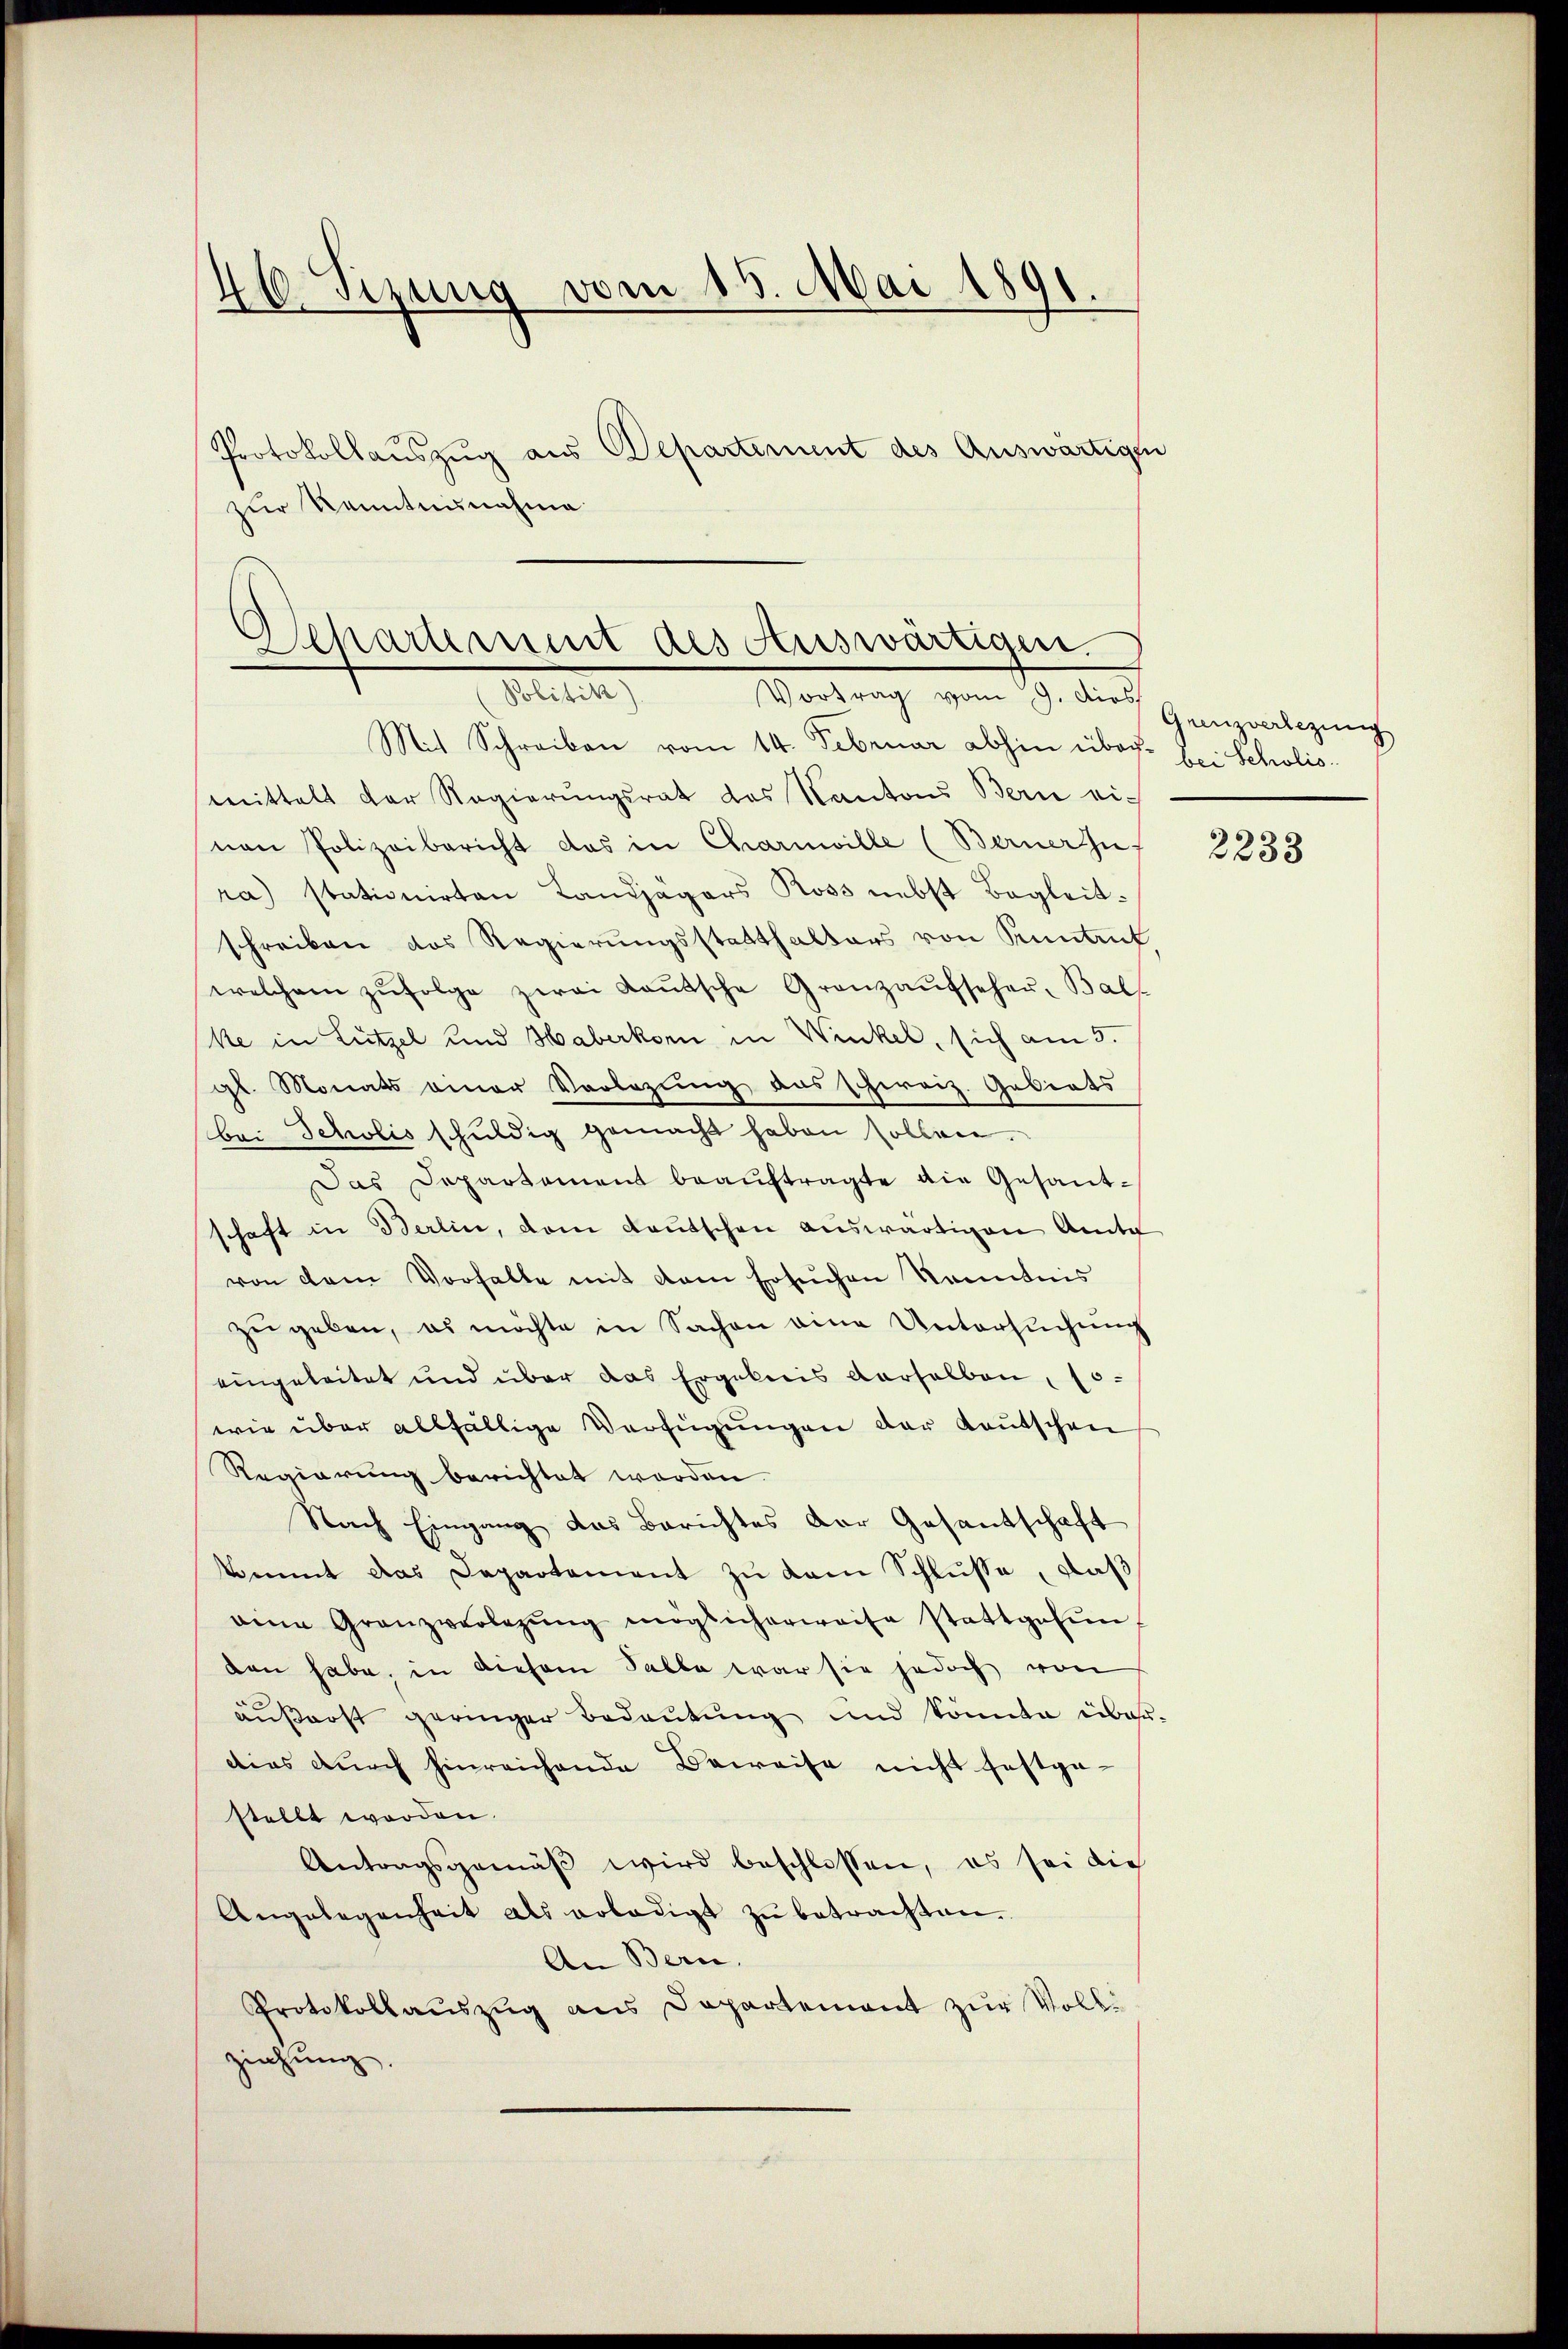
6 Sizung vom 15. Mai 1891.
d
Protokollauszug aus Departement des Auswärtigen
zur Kenntnisnahme

mittelt der Regierŭngsrat des Kantons Bern einen Polizeibericht das in Charnwille (Berner zu
ra) stationirten Landjägers Ross nebst Begleitschreiben das Regierungsstatthalters von Pruntrut.
welchem zŭfolge zwei Laŭtsche Granzaŭfseher-Balf
ke in Lützel und Haberkorn in Winkel, sich am 5.
gl. Monats einer Vorlegŭng das schweiz. Gebiets
bei Scholis schuldig gemacht haben sollen.
Das Departement beauftragte die Gesantschaft in Berlin, dem Kautschen auswärtigen Amte
von dem Vorhalte mit dem Ersuchen Kenntnis
zŭ geben, es möchte in Sachen eine Untersŭchŭng
eingeleitet und über das Ergebnis verhalben (o
wie über allfällige Verfügungen der Kautschen
Regierung berichtet worden.
Nach Eingang das Berichtes der Gesantschaft
kommt das Departement zu kam Schlüsse, daß
aine Granzverlegŭng möglicherweise stattgefŭn-
den habe, in diesem Falle war sie jedoch von
äußerst geringer Bedeutung und könnte über-
dies durch hinreichende Beweise nicht festge-
stellt worden.
Antragsgemäβ wird beschlossen, es sei dich
Angelegenheit als erledigt zŭ betrachten.
An Bern.
Protokollaŭszŭg ans Departement zur Vollziehung.

Departement des Auswärtigen.
Seiten,
Bertung vom 9. Auch Ganzenlegung
Mit Schreiben vom 14. Februar abhin über bei Scholis¬

2233